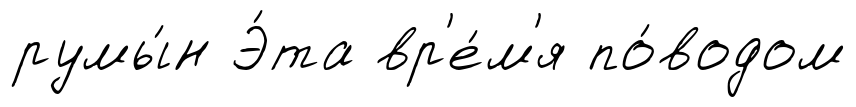
румы́н Э́та вр'е́м'я по́водом